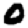
Digit: 0